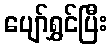
ပျော်ရွှင်ပြီး